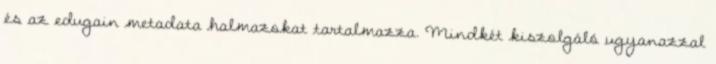
és az edugain metadata halmazokat tartalmazza. Mindkét kiszolgáló ugyanazzal